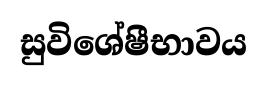
සුවිශේෂීභාවය